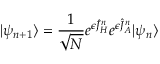
| \psi _ { n + 1 } \rangle = \frac { 1 } { \sqrt { N } } e ^ { \epsilon \hat { J } _ { H } ^ { n } } e ^ { \epsilon \hat { J } _ { A } ^ { n } } | \psi _ { n } \rangle